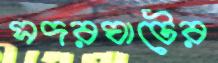
সদরঘাটের